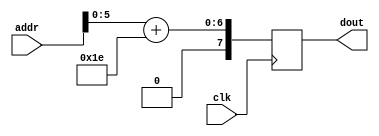
/*
 * A simple fake RAM that you can use to aid in debugging your wave display.
 */
module fake_sample_ram2 (
    input clk,
    input [8:0] addr,
    output reg [7:0] dout
);

    always @(posedge clk)
        dout = addr[5:0] + 8'd30;

endmodule